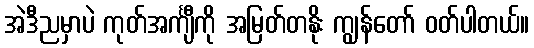
အဲဒီညမှာပဲ ကုတ်အင်္ကျီကို အမြတ်တနိုး ကျွန်တော် ဝတ်ပါတယ်။